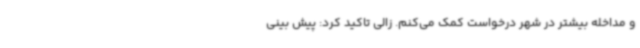
و مداخله بیشتر در شهر درخواست کمک می‌کنم. زالی تاکید کرد: پیش بینی